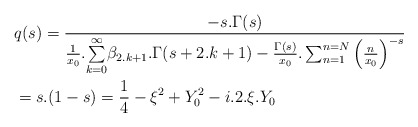
\begin{align*}&q(s)=\frac{-s.\Gamma(s)}{\frac{1}{x_0}.\underset{k=0}{\overset{\infty }{\sum }}\beta _{2.k+1}.\Gamma(s+2.k+1)-\frac{\Gamma(s)}{x_0}.\sum _{n=1}^{n=N}{\left(\frac{n}{x_0}\right)}^{-s}}\\&=s.(1-s)=\frac{1}{4}-\xi ^2+Y_0^2-i.2.\xi .Y_0\end{align*}